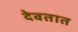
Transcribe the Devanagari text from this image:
देवतात